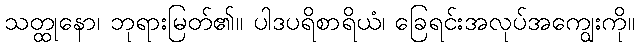
သတ္ထုနော၊ ဘုရားမြတ်၏။ ပါဒပရိစာရိယံ၊ ခြေရင်းအလုပ်အကျွေးကို။